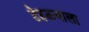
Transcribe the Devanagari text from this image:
टेहळ्याला